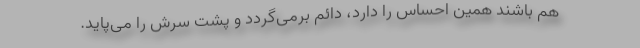
هم باشند همین احساس را دارد، دائم برمی‌گردد و پشت سرش را می‌پاید.